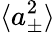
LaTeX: \langle a_{\pm}^{2}\rangle